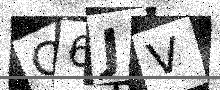
Text: Q6JV